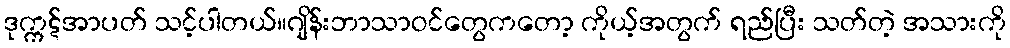
ဒုက္ကဋ်အာပတ် သင့်ပါတယ်။ဂျိန်းဘာသာဝင်တွေကတော့ ကိုယ့်အတွက် ရည်ပြီး သတ်တဲ့ အသားကို